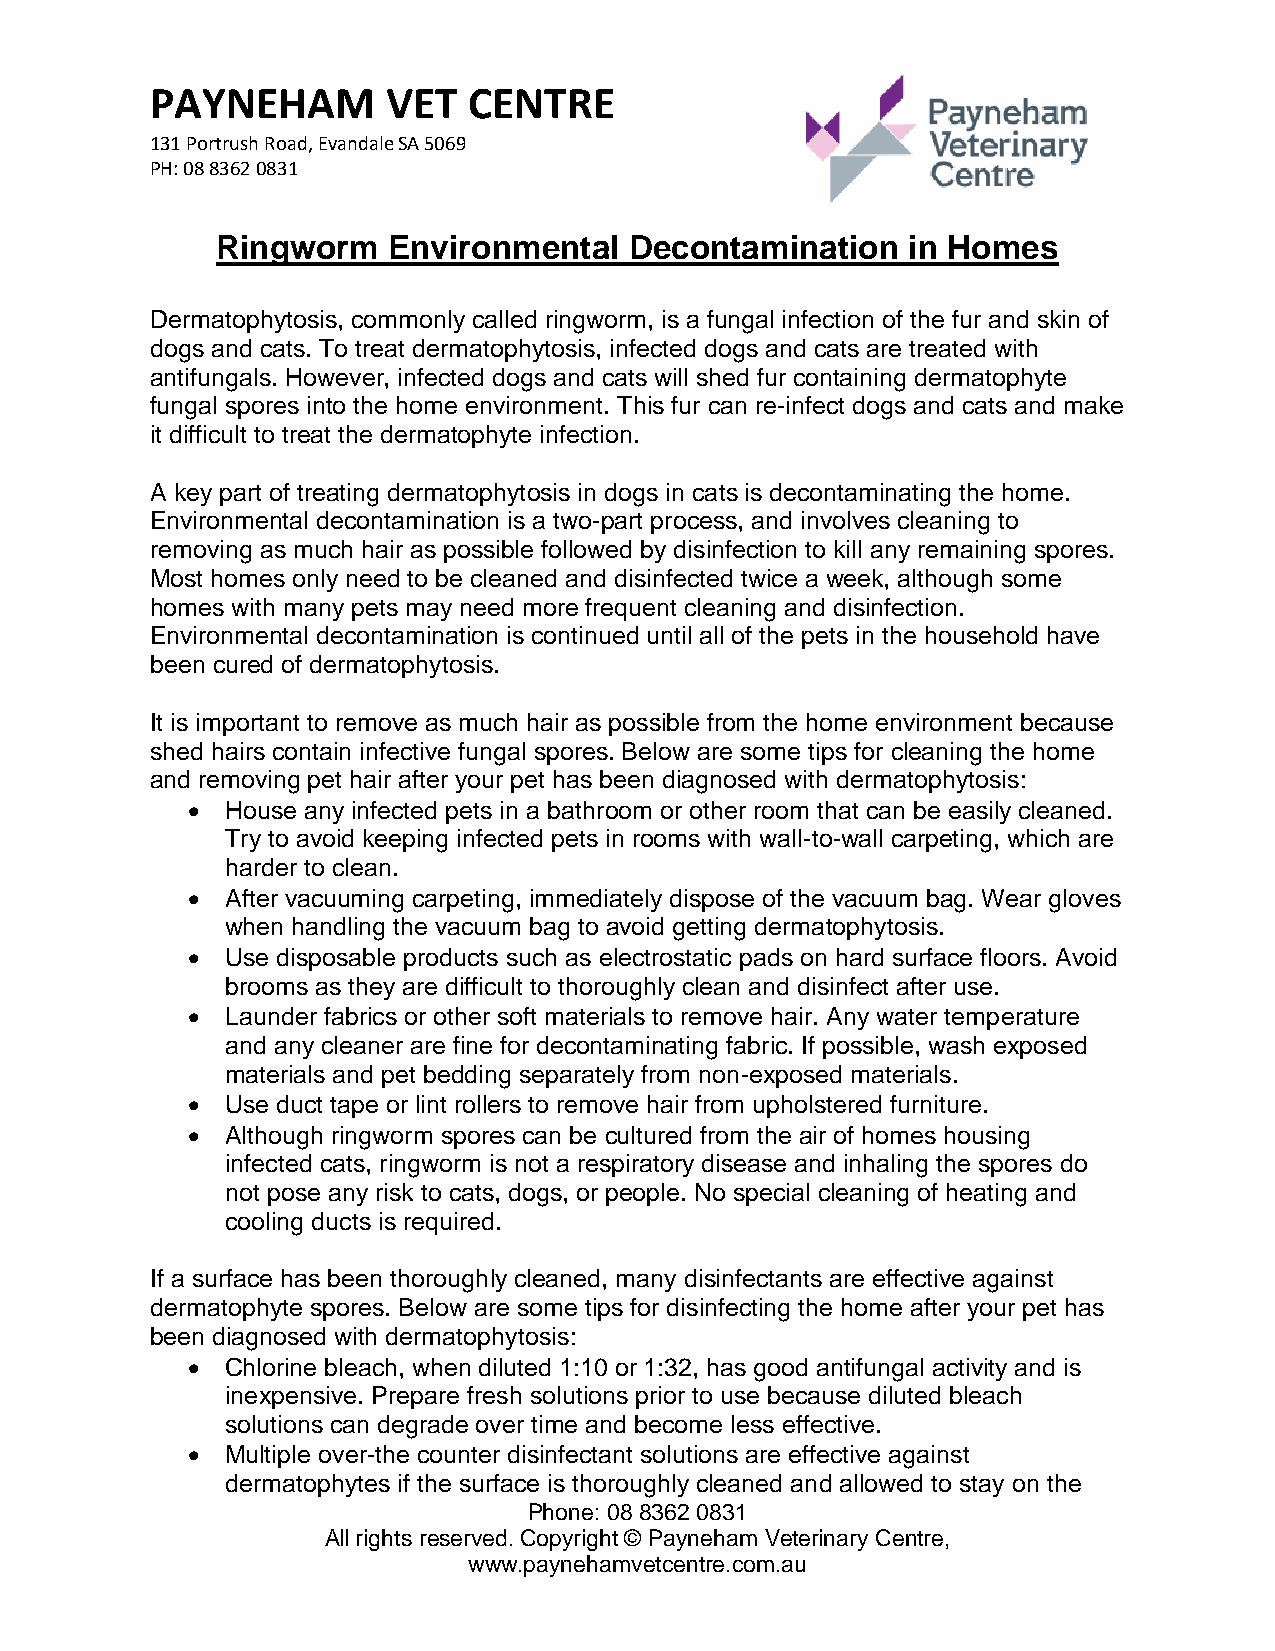
PAYNEHAM        VET  CENTRE
 131 Portrush Road, Evandale SA 5069
 PH: 08 8362 0831
 Ringworm    Environmental   Decontamination   in Homes
 Dermatophytosis, commonly called ringworm, is a fungal infection of the fur and skin of
 dogs and cats. To treat dermatophytosis, infected dogs and cats are treated with
 antifungals. However, infected dogs and cats will shed fur containing dermatophyte
 fungal spores into the home environment. This fur can re-infect dogs and cats and make
 it difficult to treat the dermatophyte infection.
 A key part of treating dermatophytosis in dogs in cats is decontaminating the home.
 Environmental decontamination is a two-part process, and involves cleaning to
 removing as much hair as possible followed by disinfection to kill any remaining spores.
 Most homes only need to be cleaned and disinfected twice a week, although some
 homes with many pets may need more frequent cleaning and disinfection.
 Environmental decontamination is continued until all of the pets in the household have
 been cured of dermatophytosis.
 It is important to remove as much hair as possible from the home environment because
 shed hairs contain infective fungal spores. Below are some tips for cleaning the home
 and removing pet hair after your pet has been diagnosed with dermatophytosis:
 •  House any infected pets in a bathroom or other room that can be easily cleaned.
 Try to avoid keeping infected pets in rooms with wall-to-wall carpeting, which are
 harder to clean.
 •  After vacuuming carpeting, immediately dispose of the vacuum bag. Wear gloves
 when handling the vacuum bag to avoid getting dermatophytosis.
 •  Use disposable products such as electrostatic pads on hard surface floors. Avoid
 brooms as they are difficult to thoroughly clean and disinfect after use.
 •  Launder fabrics or other soft materials to remove hair. Any water temperature
 and any cleaner are fine for decontaminating fabric. If possible, wash exposed
 materials and pet bedding separately from non-exposed materials.
 •  Use duct tape or lint rollers to remove hair from upholstered furniture.
 •  Although ringworm spores can be cultured from the air of homes housing
 infected cats, ringworm is not a respiratory disease and inhaling the spores do
 not pose any risk to cats, dogs, or people. No special cleaning of heating and
 cooling ducts is required.
 If a surface has been thoroughly cleaned, many disinfectants are effective against
 dermatophyte spores. Below are some tips for disinfecting the home after your pet has
 been diagnosed with dermatophytosis:
 •  Chlorine bleach, when diluted 1:10 or 1:32, has good antifungal activity and is
 inexpensive. Prepare fresh solutions prior to use because diluted bleach
 solutions can degrade over time and become less effective.
 •  Multiple over-the counter disinfectant solutions are effective against
 dermatophytes if the surface is thoroughly cleaned and allowed to stay on the
 Phone: 08 8362 0831
 All rights reserved. Copyright © Payneham Veterinary Centre,
 www.paynehamvetcentre.com.au